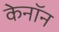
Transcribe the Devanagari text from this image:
केनॉन